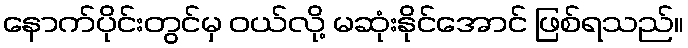
နောက်ပိုင်းတွင်မှ ဝယ်လို့ မဆုံးနိုင်အောင် ဖြစ်ရသည်။